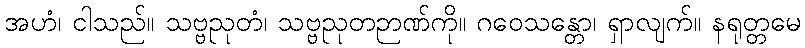
အဟံ၊ ငါသည်။ သဗ္ဗညုတံ၊ သဗ္ဗညုတဉာဏ်ကို။ ဂဝေသန္တော၊ ရှာလျက်။ နရုတ္တမေ